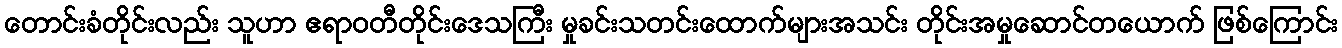
တောင်းခံတိုင်းလည်း သူဟာ ဧရာဝတီတိုင်းဒေသကြီး မှုခင်းသတင်းထောက်များအသင်း တိုင်းအမှုဆောင်တယောက် ဖြစ်ကြောင်း